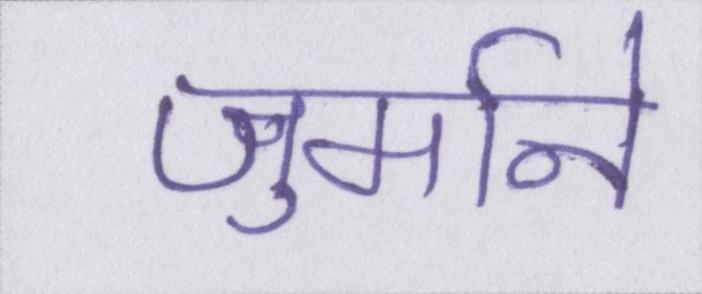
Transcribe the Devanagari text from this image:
जुर्माने